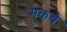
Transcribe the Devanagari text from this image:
मकबे